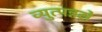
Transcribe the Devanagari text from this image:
व्युत्पन्नसे